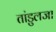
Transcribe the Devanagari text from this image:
तांडुलजा